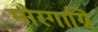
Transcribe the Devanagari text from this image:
मोरगाग्नि